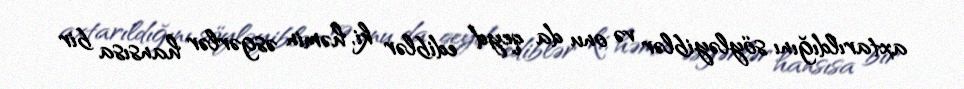
axtarıldığını söyləyiblər və onu da qeyd ediblər ki, həmin əsgərlər hansısa bir